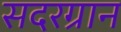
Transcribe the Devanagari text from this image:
सदरग्रान